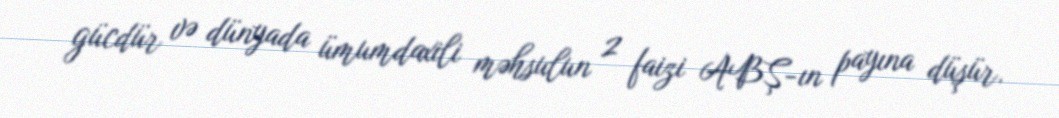
gücdür və dünyada ümumdaxili məhsulun 2 faizi ABŞ-ın payına düşür.